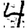
Digit: 4